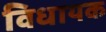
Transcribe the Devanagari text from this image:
विधायक